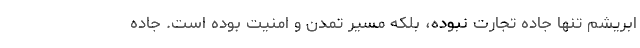
ابریشم تنها جاده تجارت نبوده، بلکه مسیر تمدن و امنیت بوده است. جاده